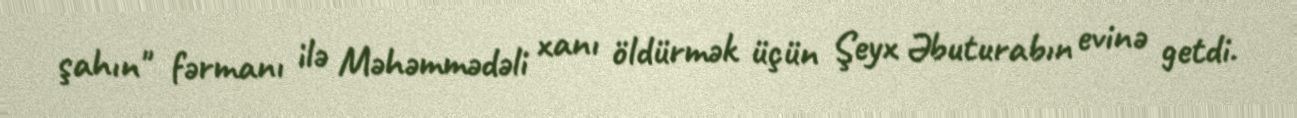
şahın" fərmanı ilə Məhəmmədəli xanı öldürmək üçün Şeyx Əbuturabın evinə getdi.